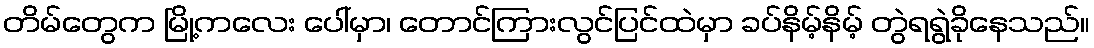
တိမ်တွေက မြို့ကလေး ပေါ်မှာ၊ တောင်ကြားလွင်ပြင်ထဲမှာ ခပ်နိမ့်နိမ့် တွဲရရွဲခိုနေသည်။